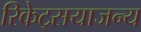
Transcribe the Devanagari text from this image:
रिकेट्सयाजन्य